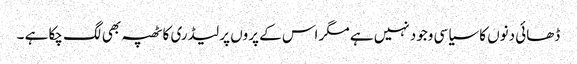
ڈھائی دنوں کا سیاسی وجود نہیں ہے مگر اس کے پروں پر لیڈری کا ٹھپہ بھی لگ چکا ہے ۔